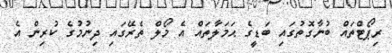
ރިޕޯޓްތައް ބުނާގޮތުގައި ބަޑީގެ ޙަމަލާތައް އެ މޯލް ތެރޭގައި ދިނުމުގެ ކުރިން އެ